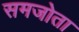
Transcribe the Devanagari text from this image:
समजोता